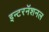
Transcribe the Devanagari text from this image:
इन्टरनॅशनल